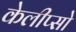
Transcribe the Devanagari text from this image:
केलीप्सो